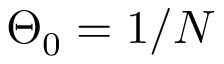
\Theta _ { 0 } = 1 / N